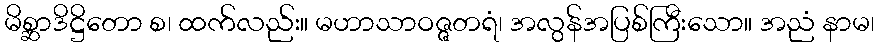
မိစ္ဆာဒိဋ္ဌိတော စ၊ ထက်လည်း။ မဟာသာဝဇ္ဇတရံ၊ အလွန်အပြစ်ကြီးသော။ အညံ နာမ၊